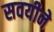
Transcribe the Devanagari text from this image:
सवयीने